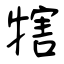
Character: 犗